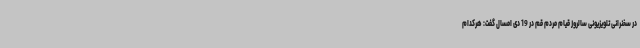
در سخنرانی تلویزیونی سالروز قیام مردم قم در 19 دی امسال گفت: هرکدام